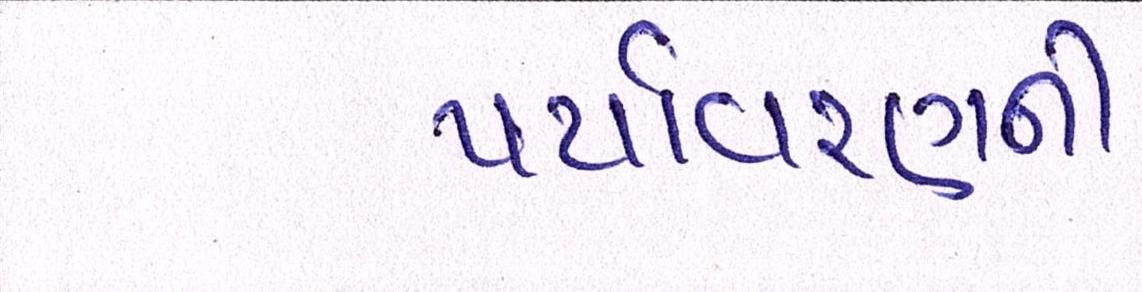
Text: પર્યાવરણની